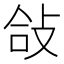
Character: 敆